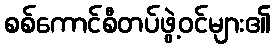
စစ်ကောင်စီတပ်ဖွဲ့ဝင်များ၏